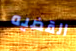
القضيه